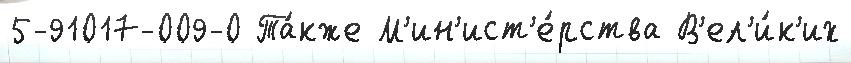
5-91017-009-0 Та́кже М'ин'ист'е́рства В'ел'и́к'их